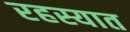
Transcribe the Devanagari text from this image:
रहस्यात